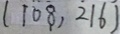
( 1 0 8 , 2 1 \dot { 6 } )